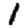
Digit: 1